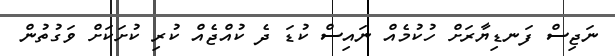
ނަޖިސް ފަނޑިޔާރަށް ހުކުމެއް ނައިސް ކުޑަ ދެ ކުއްޖެއް ކުރި ކުށަކަށް ވަގުތުން